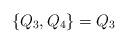
LaTeX: \begin{align*} \{Q_3,Q_4\}=Q_3\end{align*}